Report of an investigation into the causes of the diseases known in Assam as Kála-Azár and Beri-Beri
Disease focus: Beri-Beri
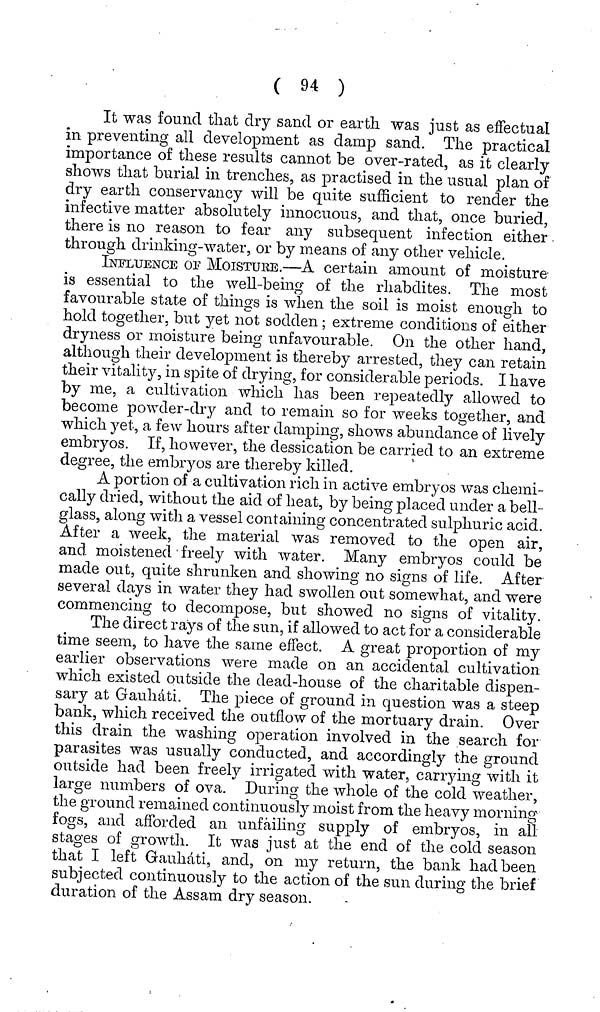
( 94 )
It was found that dry sand or earth was just as effectual
in preventing all development as damp sand. The practical
importance of these results cannot be over-rated, as it clearly
shows that burial in trenches, as practised in the usual plan of
dry earth conservancy will be quite sufficient to render the
infective matter absolutely innocuous, and that, once buried,
there is no reason to fear any subsequent infection either
through drinking-water, or by means of any other vehicle.
INFLUENCE OP MOISTURE.—A certain amount of moisture
is essential to the well-being of the rhabdites. The most
favourable state of things is when the soil is moist enough to
hold together, but yet not sodden ; extreme conditions of either
dryness or moisture being unfavourable. On the other hand,
although their development is thereby arrested, they can retain
their vitality, in spite of drying, for considerable periods. I have
by me, a cultivation which has been repeatedly allowed to
become powder-dry and to remain so for weeks together, and
which yet, a few hours after damping, shows abundance of lively
embryos. If, however, the dessication be carried to an extreme
degree, the embryos are thereby killed.
A portion of a cultivation rich in active embryos was chemi-
cally dried, without the aid of heat, by being placed under a bell-
glass, along with a vessel containing concentrated sulphuric acid.
After a week, the material was removed to the open air,
and moistened freely with water. Many embryos could be
made out, quite shrunken and showing no signs of life. After
several days in water they had swollen out somewhat, and were
commencing to decompose, but showed no signs of vitality.
The direct rays of the sun, if allowed to act for a considerable
time seem, to have the same effect. A great proportion of my
earlier observations were made on an accidental cultivation
which existed outside the dead-house of the charitable dispen-
sary at Gauhdti. The piece of ground in question was a steep
bank, which received the outflow of the mortuary drain. Over
this drain the washing operation involved in the search for
parasites was usually conducted, and accordingly the ground
outside had been freely irrigated with water, carrying with it
large numbers of ova. During the whole of the cold weather,
the ground remained continuously moist from the heavy morning
fogs, and afforded an unfailing supply of embryos, in all
stages of growth. It was just at the end of the cold season
that I left Gauhati, and, on my return, the bank had been
subjected continuously to the action of the sun during the brief
duration of the Assam dry season.